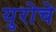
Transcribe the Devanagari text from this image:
युरोचे